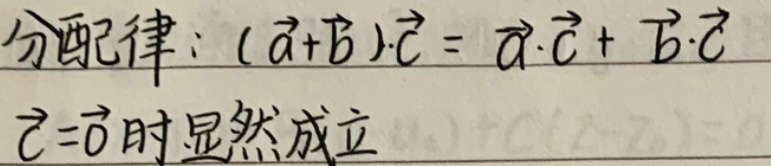
&分配律：\((\vec{a}+\vec{b})\cdot\vec{c}=\vec{a}\cdot\vec{c}+\vec{b}\cdot\vec{c}\)\\
\(&\vec{c}=\vec{0}\)时显然成立